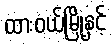
ထားဝယ်မြို့နှင့်